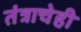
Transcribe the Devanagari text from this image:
तंत्राचेही